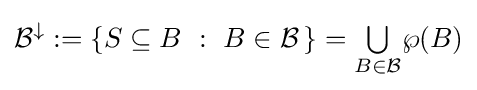
{\mathcal {B}}^{\downarrow }:=\{S\subseteq B~:~B\in {\mathcal {B}}\,\}={\textstyle \bigcup \limits _{B\in {\mathcal {B}}}}\wp (B)